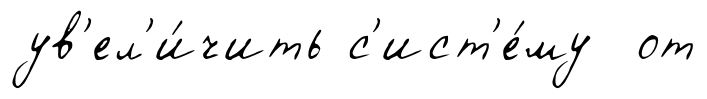
ув'ел'и́чить с'ист'е́му от